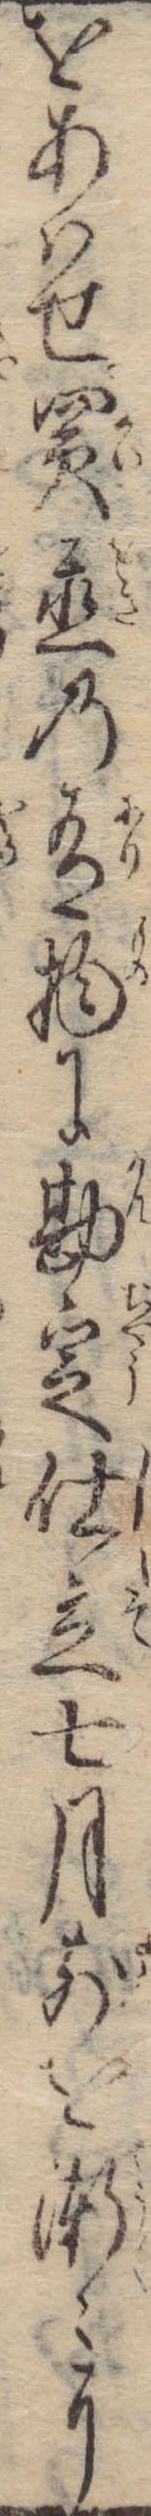
をあはせ買置の有物に勘定仕立七月前を漸々に